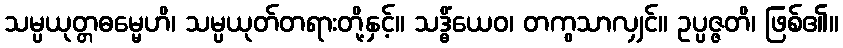
သမ္ပယုတ္တဓမ္မေဟိ၊ သမ္ပယုတ်တရားတို့နှင့်။ သဒ္ဓိံယေဝ၊ တကွသာလျှင်။ ဥပ္ပဇ္ဇတိ၊ ဖြစ်၏။